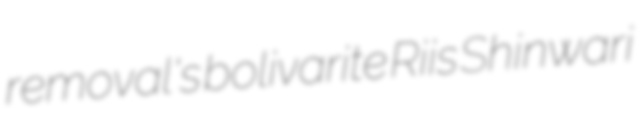
removal's bolivarite Riis Shinwari